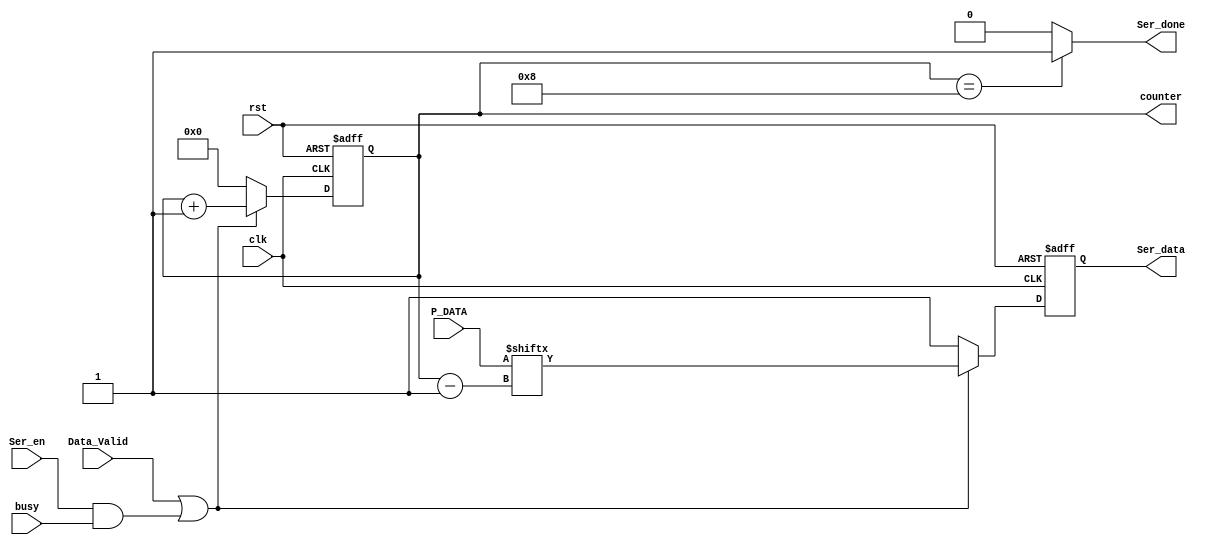
module Serializer(
input      [7:0] P_DATA,
input            Data_Valid,
input            Ser_en,
input            busy,
input            clk,
input            rst,
output reg       Ser_data,
output wire      Ser_done,
output reg [3:0] counter
);
reg [7:0] ser_data_seq;
 
always @(posedge clk or negedge rst)
begin
  if(!rst)
    begin
      Ser_data<=1'b0;
      counter<=4'b0;
    end
  else if(Data_Valid ||(Ser_en && busy))
    begin
      Ser_data<=ser_data_seq[counter-1];
      counter<=counter+1;
    end
  else
    begin
    Ser_data<=1'b1;
     counter<=4'b0;
    end
end

  assign Ser_done=(counter == 4'b1000)? 1'b1 : 1'b0 ;
  
always @(*)
  begin
    ser_data_seq=P_DATA;
  end

endmodule